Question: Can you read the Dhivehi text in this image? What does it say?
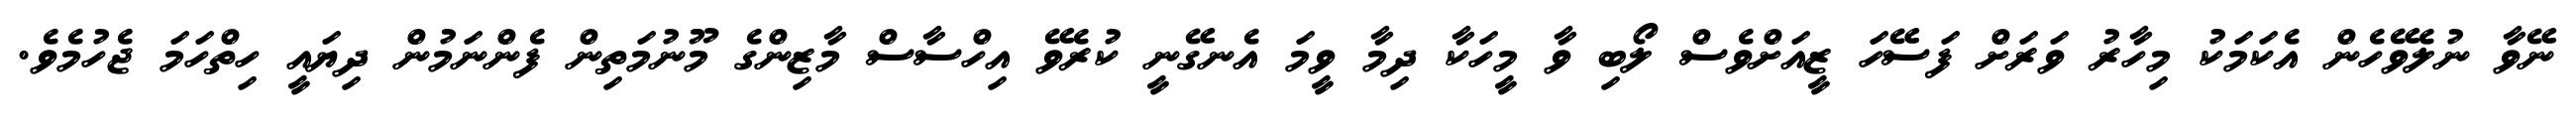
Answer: ނޭވާ ނުލެވޭހެން އެކަމަކު މިހާރު ވަރަށް ފަސޭހަ ޒީއަށްވެސް ލޯބި ވާ މީހަކާ ދިމާ ވީމަ އެނގޭނީ ކުރެވޭ އިހްސާސް މާޒިންގެ މޫނުމަތިން ފެންނަމުން ދިޔައީ ހިތްހަމަ ޖެހުމެވެ.